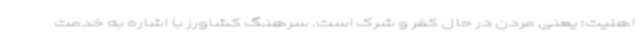
اهلیت؛ یعنی مردن در حال کفر و شرک است. سرهنگ کشاورز با اشاره به خدمت